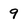
Character: 9